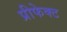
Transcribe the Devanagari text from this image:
प्रीफेक्ट